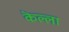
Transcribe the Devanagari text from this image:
कॆल्ला